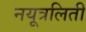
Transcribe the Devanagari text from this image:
नयूत्रलिती